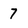
Character: 7